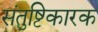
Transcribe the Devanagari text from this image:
संतुष्टिकारक